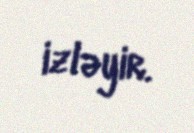
izləyir.